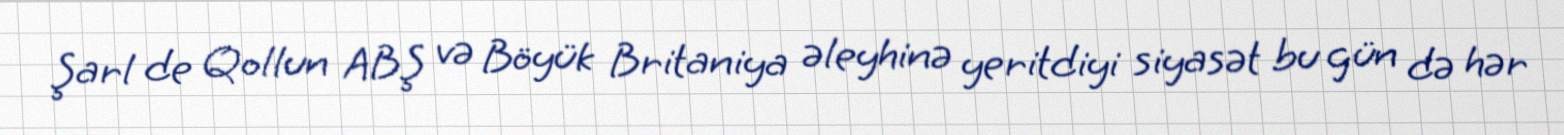
Şarl de Qollun ABŞ və Böyük Britaniya əleyhinə yeritdiyi siyasət bu gün də hər